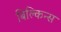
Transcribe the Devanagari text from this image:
बिल्किन्स